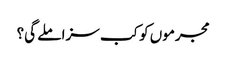
مجرموں کو کب سزا ملے گی؟